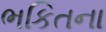
ભકિતના